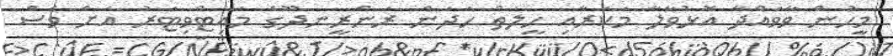
މީހުން ވާވައްދާ އޮޅުވާލާ މަކަރާއި ހީލަތް ހަދަން ރަންރީނދޫގެ މައިޓްވިޓަރު އަށް ވެސް